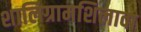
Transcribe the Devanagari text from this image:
शालिग्रामशिलावा